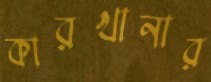
কারখানার